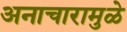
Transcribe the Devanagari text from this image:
अनाचारामुळे